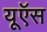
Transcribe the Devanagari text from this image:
यूऍस